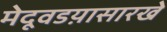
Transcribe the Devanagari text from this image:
मेदूवडय़ासारखे